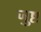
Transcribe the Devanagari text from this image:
जुष्ट